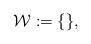
\begin{align*}\mathcal{W}:=\{\},\end{align*}